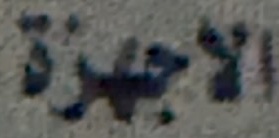
الاجهزة